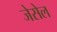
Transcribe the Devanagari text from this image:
जेसेल